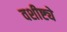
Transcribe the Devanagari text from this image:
वशीष्ट्ये